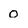
Character: O